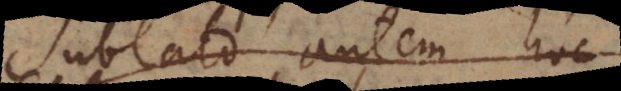
Sublato autem hoc